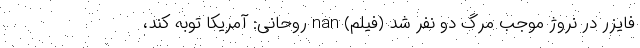
فایزر در نروژ موجب مرگ دو نفر شد (فیلم) nan روحانی: آمريکا توبه کند،